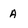
Character: A